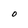
Character: O